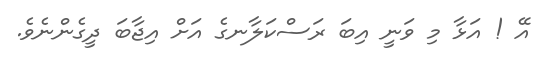
އޭ ! އަޅާ މި ވަނީ އިބަ ރަސްކަލާނގެ އަށް އިޖާބަ ދީގެންނެވެ.